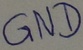
Text: GND